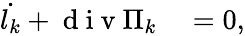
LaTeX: \begin{array}{rl}{\dot{l_{k}}+\mathrm{~d~i~v~}\Pi_{k}}&{{}=0,}\end{array}